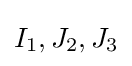
I_{1},J_{2},J_{3}